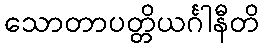
သောတာပတ္တိယင်္ဂါနီတိ